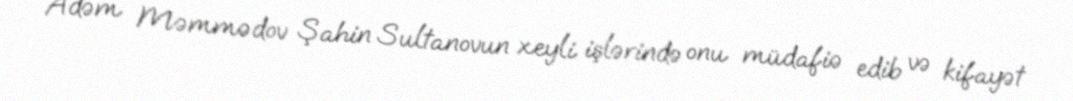
Adəm Məmmədov Şahin Sultanovun xeyli işlərində onu müdafiə edib və kifayət